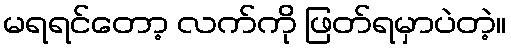
မရရင်တော့ လက်ကို ဖြတ်ရမှာပဲတဲ့။